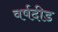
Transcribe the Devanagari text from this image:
वर्षदीड